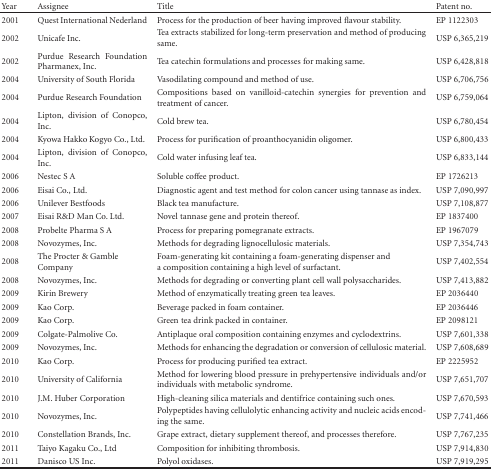
<table><thead><tr><td><b>Year</b></td><td><b>Assignee</b></td><td><b>Title</b></td><td><b>Patent no.</b></td></tr></thead><tbody><tr><td>2001</td><td>Quest International Nederland</td><td>Process for the production of beer having improved flavour stability.</td><td>EP 1122303</td></tr><tr><td>2002</td><td>Unicafe Inc.</td><td>Tea extracts stabilized for long-term preservation and method of producing same.</td><td>USP 6,365,219</td></tr><tr><td>2002</td><td>Purdue Research Foundation Pharmanex, Inc.</td><td>Tea catechin formulations and processes for making same.</td><td>USP 6,428,818</td></tr><tr><td>2004</td><td>University of South Florida</td><td>Vasodilating compound and method of use.</td><td>USP 6,706,756</td></tr><tr><td>2004</td><td>Purdue Research Foundation</td><td>Compositions based on vanilloid-catechin synergies for prevention and treatment of cancer.</td><td>USP 6,759,064</td></tr><tr><td>2004</td><td>Lipton, division of Conopco, Inc.</td><td>Cold brew tea.</td><td>USP 6,780,454</td></tr><tr><td>2004</td><td>Kyowa Hakko Kogyo Co., Ltd.</td><td>Process for purification of proanthocyanidin oligomer.</td><td>USP 6,800,433</td></tr><tr><td>2004</td><td>Lipton, division of Conopco, Inc.</td><td>Cold water infusing leaf tea.</td><td>USP 6,833,144</td></tr><tr><td>2006</td><td>Nestec S A</td><td>Soluble coffee product.</td><td>EP 1726213</td></tr><tr><td>2006</td><td>Eisai Co., Ltd.</td><td>Diagnostic agent and test method for colon cancer using tannase as index.</td><td>USP 7,090,997</td></tr><tr><td>2006</td><td>Unilever Bestfoods</td><td>Black tea manufacture.</td><td>USP 7,108,877</td></tr><tr><td>2007</td><td>Eisai R&amp;D Man Co. Ltd.</td><td>Novel tannase gene and protein thereof.</td><td>EP 1837400</td></tr><tr><td>2008</td><td>Probelte Pharma S A</td><td>Process for preparing pomegranate extracts.</td><td>EP 1967079</td></tr><tr><td>2008</td><td>Novozymes, Inc.</td><td>Methods for degrading lignocellulosic materials.</td><td>USP 7,354,743</td></tr><tr><td>2008</td><td>The Procter &amp; Gamble Company</td><td>Foam-generating kit containing a foam-generating dispenser and a composition containing a high level of surfactant.</td><td>USP 7,402,554</td></tr><tr><td>2008</td><td>Novozymes, Inc.</td><td>Methods for degrading or converting plant cell wall polysaccharides.</td><td>USP 7,413,882</td></tr><tr><td>2009</td><td>Kirin Brewery</td><td>Method of enzymatically treating green tea leaves.</td><td>EP 2036440</td></tr><tr><td>2009</td><td>Kao Corp.</td><td>Beverage packed in foam container.</td><td>EP 2036446</td></tr><tr><td>2009</td><td>Kao Corp.</td><td>Green tea drink packed in container.</td><td>EP 2098121</td></tr><tr><td>2009</td><td>Colgate-Palmolive Co.</td><td>Antiplaque oral composition containing enzymes and cyclodextrins.</td><td>USP 7,601,338</td></tr><tr><td>2009</td><td>Novozymes, Inc.</td><td>Methods for enhancing the degradation or conversion of cellulosic material.</td><td>USP 7,608,689</td></tr><tr><td>2010</td><td>Kao Corp.</td><td>Process for producing purified tea extract.</td><td>EP 2225952</td></tr><tr><td>2010</td><td>University of California</td><td>Method for lowering blood pressure in prehypertensive individuals and/or individuals with metabolic syndrome.</td><td>USP 7,651,707</td></tr><tr><td>2010</td><td>J.M. Huber Corporation</td><td>High-cleaning silica materials and dentifrice containing such ones.</td><td>USP 7,670,593</td></tr><tr><td>2010</td><td>Novozymes, Inc.</td><td>Polypeptides having cellulolytic enhancing activity and nucleic acids encoding the same.</td><td>USP 7,741,466</td></tr><tr><td>2010</td><td>Constellation Brands, Inc.</td><td>Grape extract, dietary supplement thereof, and processes therefore.</td><td>USP 7,767,235</td></tr><tr><td>2011</td><td>Taiyo Kagaku Co., Ltd</td><td>Composition for inhibiting thrombosis.</td><td>USP 7,914,830</td></tr><tr><td>2011</td><td>Danisco US Inc.</td><td>Polyol oxidases.</td><td>USP 7,919,295</td></tr></tbody></table>